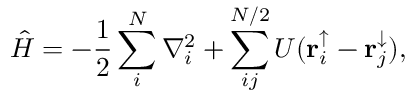
\hat { H } = - \frac { 1 } { 2 } \sum _ { i } ^ { N } \nabla _ { i } ^ { 2 } + \sum _ { i j } ^ { N / 2 } U ( \mathbf { r } _ { i } ^ { \uparrow } - \mathbf { r } _ { j } ^ { \downarrow } ) ,